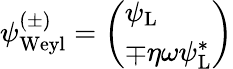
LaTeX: \psi_{\mathrm{{Weyl}}}^{(\pm)}={\left(\begin{array}{l}{\psi_{\mathrm{{L}}}}\\ {\mp\eta\omega\psi_{\mathrm{{L}}}^{*}}\end{array}\right)}